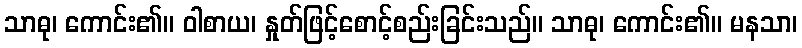
သာဓု၊ ကောင်း၏။ ဝါစာယ၊ နှုတ်ဖြင့်စောင့်စည်းခြင်းသည်။ သာဓု၊ ကောင်း၏။ မနသာ၊